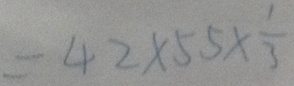
= 4 2 \times 5 5 \times \frac { 1 } { 3 }